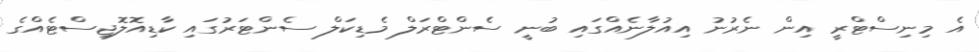
އެ މިނިސްޓްރީ އިން ނެރުނު އިއުލާނެއްގައި ބުނީ ސެންޓްރަލް މެޑިކަލް ސެންޓަރުގައި ކާޑިއޮލޮޖިސްޓެއްގެ